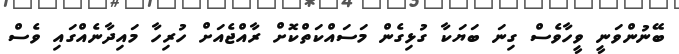
ބޭނުންވަނީ ވީހާވެސް ގިނަ ބަޔަކާ ގުޅިގެން މަސައްކަތްކޮށް ރާއްޖެއަށް ހުރިހާ މައިދާނެއްގައި ވެސް